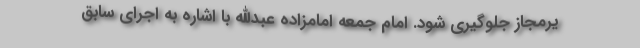
یرمجاز جلوگیری شود. امام جمعه امامزاده عبدالله با اشاره به اجرای سابق